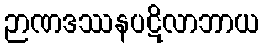
ဉာဏဒဿနပဋိလာဘာယ